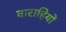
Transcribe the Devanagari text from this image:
वाराहियों